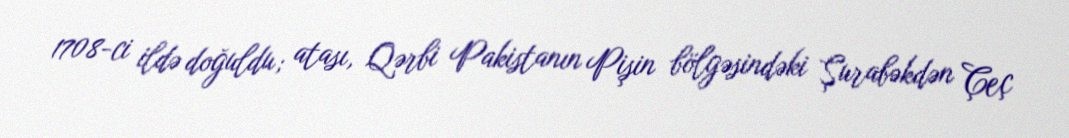
1708-ci ildə doğuldu; atası, Qərbi Pakistanın Pişin bölgəsindəki Şurabəkdən Çeç